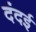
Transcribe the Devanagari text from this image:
दंदई